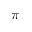
\pi